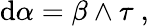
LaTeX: \mathrm{d}\alpha=\beta\wedge\tau\ ,